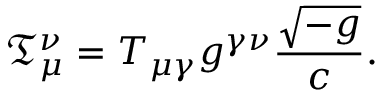
{ \mathfrak { T } } _ { \mu } ^ { \nu } = T _ { \mu \gamma } g ^ { \gamma \nu } { \frac { \sqrt { - g } } { c } } .